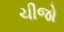
ચીજો